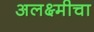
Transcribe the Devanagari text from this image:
अलक्ष्मीचा